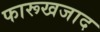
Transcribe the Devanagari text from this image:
फारूखजाद